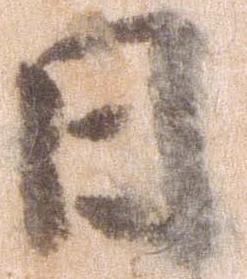
日